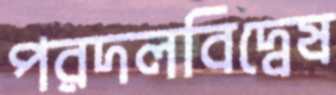
পরদলবিদ্বেষ